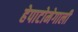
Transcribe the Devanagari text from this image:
हेपाटोमेगाली